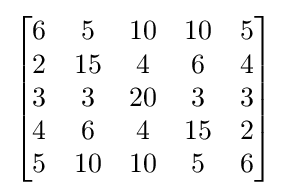
{\begin{bmatrix}{\begin{matrix}6&5&10&10&5\\2&15&4&6&4\\3&3&20&3&3\\4&6&4&15&2\\5&10&10&5&6\end{matrix}}\end{bmatrix}}